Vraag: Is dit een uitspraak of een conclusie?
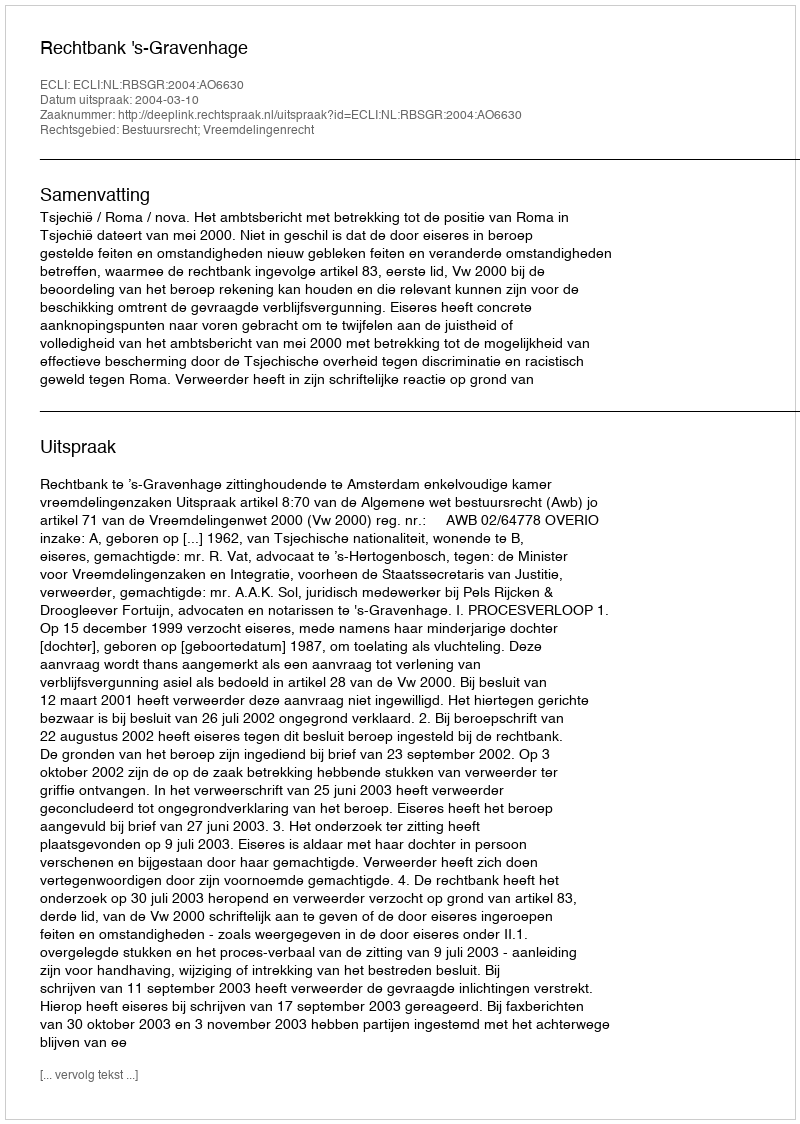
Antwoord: Uitspraak